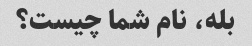
بله، نام شما چیست؟